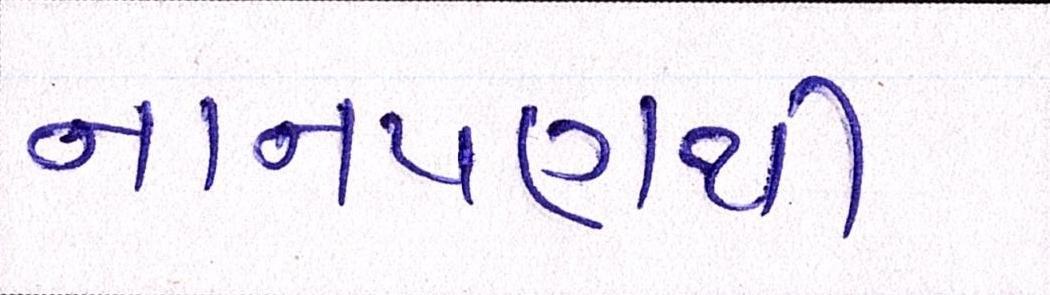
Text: નાનપણથી